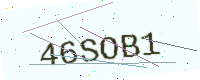
Text: 46SOB1